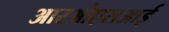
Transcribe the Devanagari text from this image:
आरओएसआई